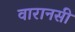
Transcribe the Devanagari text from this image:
वारानसी